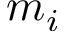
m _ { i }